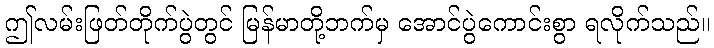
ဤလမ်းဖြတ်တိုက်ပွဲတွင် မြန်မာတို့ဘက်မှ အောင်ပွဲကောင်းစွာ ရလိုက်သည်။